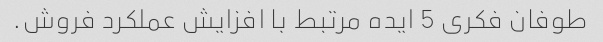
طوفان فکری 5 ایده مرتبط با افزایش عملکرد فروش.